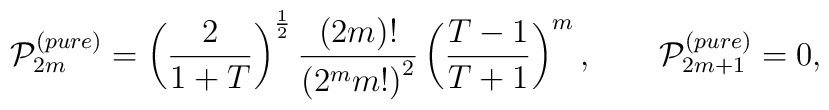
{\cal P}_{2m}^{(pure)}=\left(\frac 2{1+T}\right)^{\frac12}\frac {(2m)!}{\left(2^mm!\right)^2}\left(\frac {T-1}{T+1}\right)^m,\qquad {\cal P}_{2m+1}^{(pure)}=0,